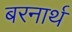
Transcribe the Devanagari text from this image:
बरनार्थ